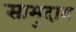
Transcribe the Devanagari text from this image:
सामुदाय